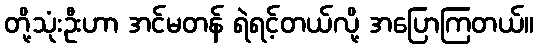
တို့သုံးဦးဟာ အင်မတန် ရဲရင့်တယ်လို့ အပြောကြတယ်။